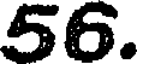
56.